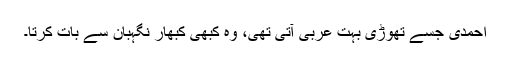
احمدی جسے تھوڑی بہت عربی آتی تھی، وہ کبھی کبھار نگہبان سے بات کرتا۔